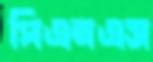
পিএনএস